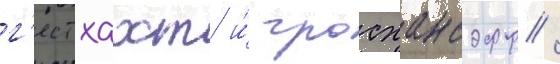
г'естхахт и́ гросхансдорф /